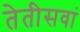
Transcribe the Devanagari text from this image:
तेतीसवां